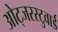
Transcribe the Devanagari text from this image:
ओट्जरस्टुवार्ड